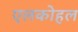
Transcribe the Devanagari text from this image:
एलकोहल